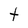
Character: t